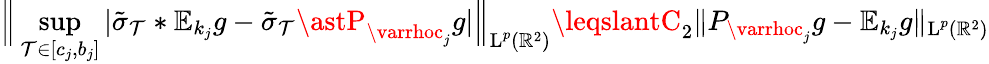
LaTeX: \Big\| \operatorname*{sup}_{\mathcal{T}\in[c_{j},b_{j}]}|\tilde{{\sigma}}_{\mathcal{T}}\ast\mathbb{{E}}_{k_{j}}g-\tilde{{\sigma}}_{\mathcal{T}}\astP_{\varrhoc_{j}}g|\Big\| _{\textup{{L}}^{p}(\mathbb{{R}}^{2})}\leqslantC_{2}\| P_{\varrhoc_{j}}g-\mathbb{{E}}_{k_{j}}g\| _{\textup{{L}}^{p}(\mathbb{{R}}^{2})}